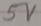
Text: 5V